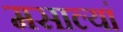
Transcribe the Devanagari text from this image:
मसाल्यां